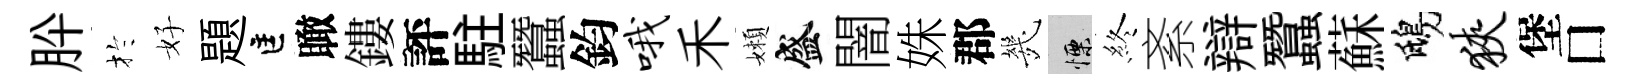
肸扵好題匡瞰鏤評駐蠶鈞哦禾嬾盛闇姝郡㡬慄終紊辯蠶蘇鴟狭堡□